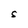
Character: S